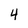
Character: 4